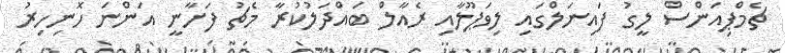
ޗެމްޕިއަންސް ލީގު ފައިނަލްގައި ލިވަޕޫލާއި ރެއާލް ބައްދަލުކުރާ މެޗު ފަށާނީ އަންނަ ހޮނިހިރު